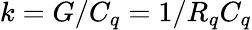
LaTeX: k=G/C_{q}=1/R_{q}C_{q}